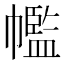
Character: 𢅡